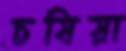
চষিয়া